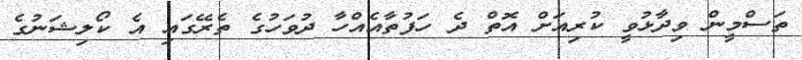
ތަސްމީން ވިދާޅުވީ ކުރިއަށް އޮތް ދެ ހަފުތާއެއްހާ ދުވަހުގެ ތެރޭގައި އެ ކޯލިޝަނުގެ